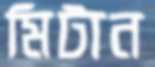
মিটান